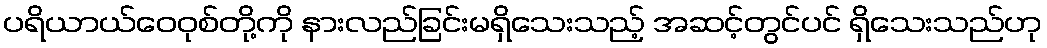
ပရိယာယ်ဝေဝုစ်တို့ကို နားလည်ခြင်းမရှိသေးသည့် အဆင့်တွင်ပင် ရှိသေးသည်ဟု